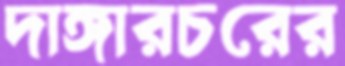
দাঙ্গারচরের